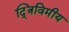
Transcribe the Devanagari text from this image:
द्त्रिविमीय